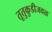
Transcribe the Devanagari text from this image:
तूतुकुडीजवळ